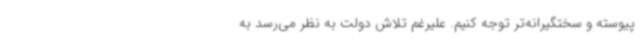
پیوسته و سختگیرانه‌تر توجه کنیم. علیرغم تلاش دولت به نظر می‌رسد به